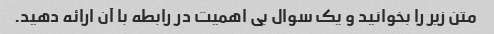
متن زیر را بخوانید و یک سوال بی اهمیت در رابطه با آن ارائه دهید.